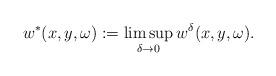
LaTeX: \begin{align*}w^*(x,y,\omega):=\limsup_{\delta\rightarrow 0}w^\delta(x,y,\omega).\end{align*}